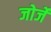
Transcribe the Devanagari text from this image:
जोर्जे